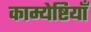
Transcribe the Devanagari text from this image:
काम्येष्टियाँ